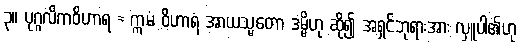
၃။ ပုဂ္ဂလိကဝိဟာရ = ဣမံ ဝိဟာရံ အာယသ္မတော ဒမ္မိဟု ဆို၍ အရှင်ဘုရားအား လှူပါ၏ဟု